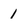
Character: 1